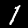
Digit: 1